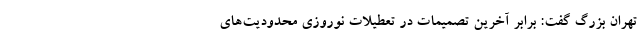
تهران بزرگ گفت: برابر آخرین تصمیمات در تعطیلات نوروزی محدودیت‌های